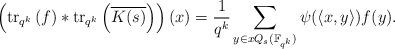
LaTeX: \begin{align*} \left(\mathrm{tr}_{q^k}\left(f\right) * \mathrm{tr}_{q^k}\left(\overline{K(s)}\right) \right)(x) & = \frac{1}{q^k} \sum_{y \in xQ_s(\mathbb{F}_{q^k})} \psi(\langle x, y\rangle)f(y).\end{align*}